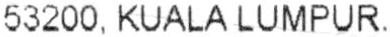
53200, KUALA LUMPUR